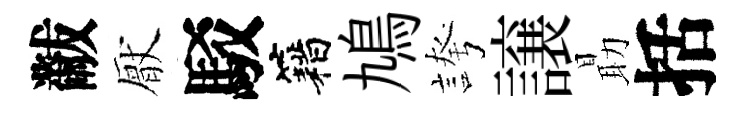
黻厭駁籍鳩誇譲朂括